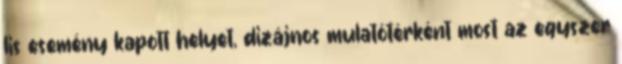
lis esemény kapott helyet, dizájnos mulatótérként most az egyszer